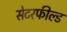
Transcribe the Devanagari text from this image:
सेटरफील्ड